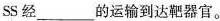
ss经___的运输到达靶器官。